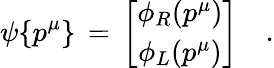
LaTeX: \psi\{ p^{\mu}\} \, =\, \left[\begin{array}{c}{{\phi_{R}(p^{\mu})}}\\ {{\phi_{L}(p^{\mu})}}\end{array}\right]\quad.